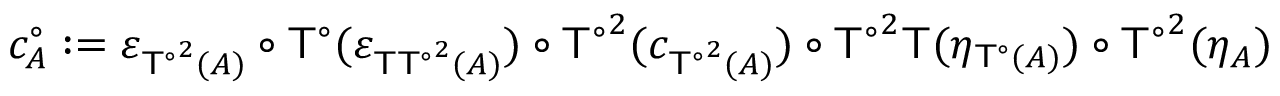
c _ { A } ^ { \circ } : = \varepsilon _ { { \mathsf { T } ^ { \circ } } ^ { 2 } ( A ) } \circ \mathsf { T } ^ { \circ } ( \varepsilon _ { \mathsf { T } { \mathsf { T } ^ { \circ } } ^ { 2 } ( A ) } ) \circ { \mathsf { T } ^ { \circ } } ^ { 2 } ( c _ { { \mathsf { T } ^ { \circ } } ^ { 2 } ( A ) } ) \circ { \mathsf { T } ^ { \circ } } ^ { 2 } \mathsf { T } ( \eta _ { \mathsf { T } ^ { \circ } ( A ) } ) \circ { \mathsf { T } ^ { \circ } } ^ { 2 } ( \eta _ { A } )